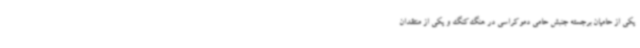
یکی از حامیان برجسته جنبش حامی دموکراسی در هنگ‌کنگ و یکی از منتقدان